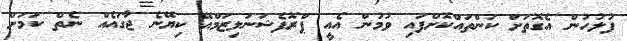
ފުލުހުން އެގޮތަށް ކަންތައްކޮށްފައި ވުމުން އެއީ ޕްރޮފެޝަނަލިޒަމްއޭ ކިޔޭނެ ޖާގައެއް ނެތް ކަމަށް